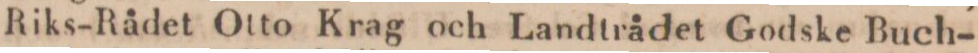
Riks-Rådet Otto Krag och Landtrådet Godske Buch-